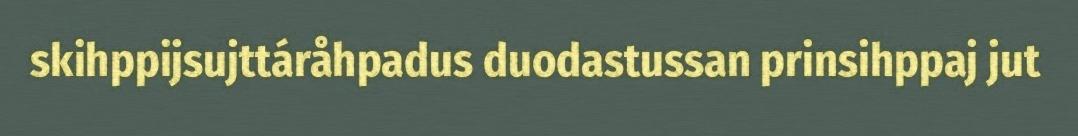
skihppijsujttáråhpadus duodastussan prinsihppaj jut